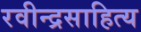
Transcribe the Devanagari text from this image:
रवीन्द्रसाहित्य